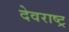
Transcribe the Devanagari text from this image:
देवराष्ट्र